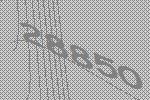
28850